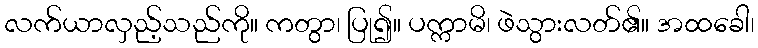
လက်ယာလှည့်သည်ကို။ ကတွာ၊ ပြု၍။ ပက္ကာမိ၊ ဖဲသွားလတ်၏။ အထခေါ၊